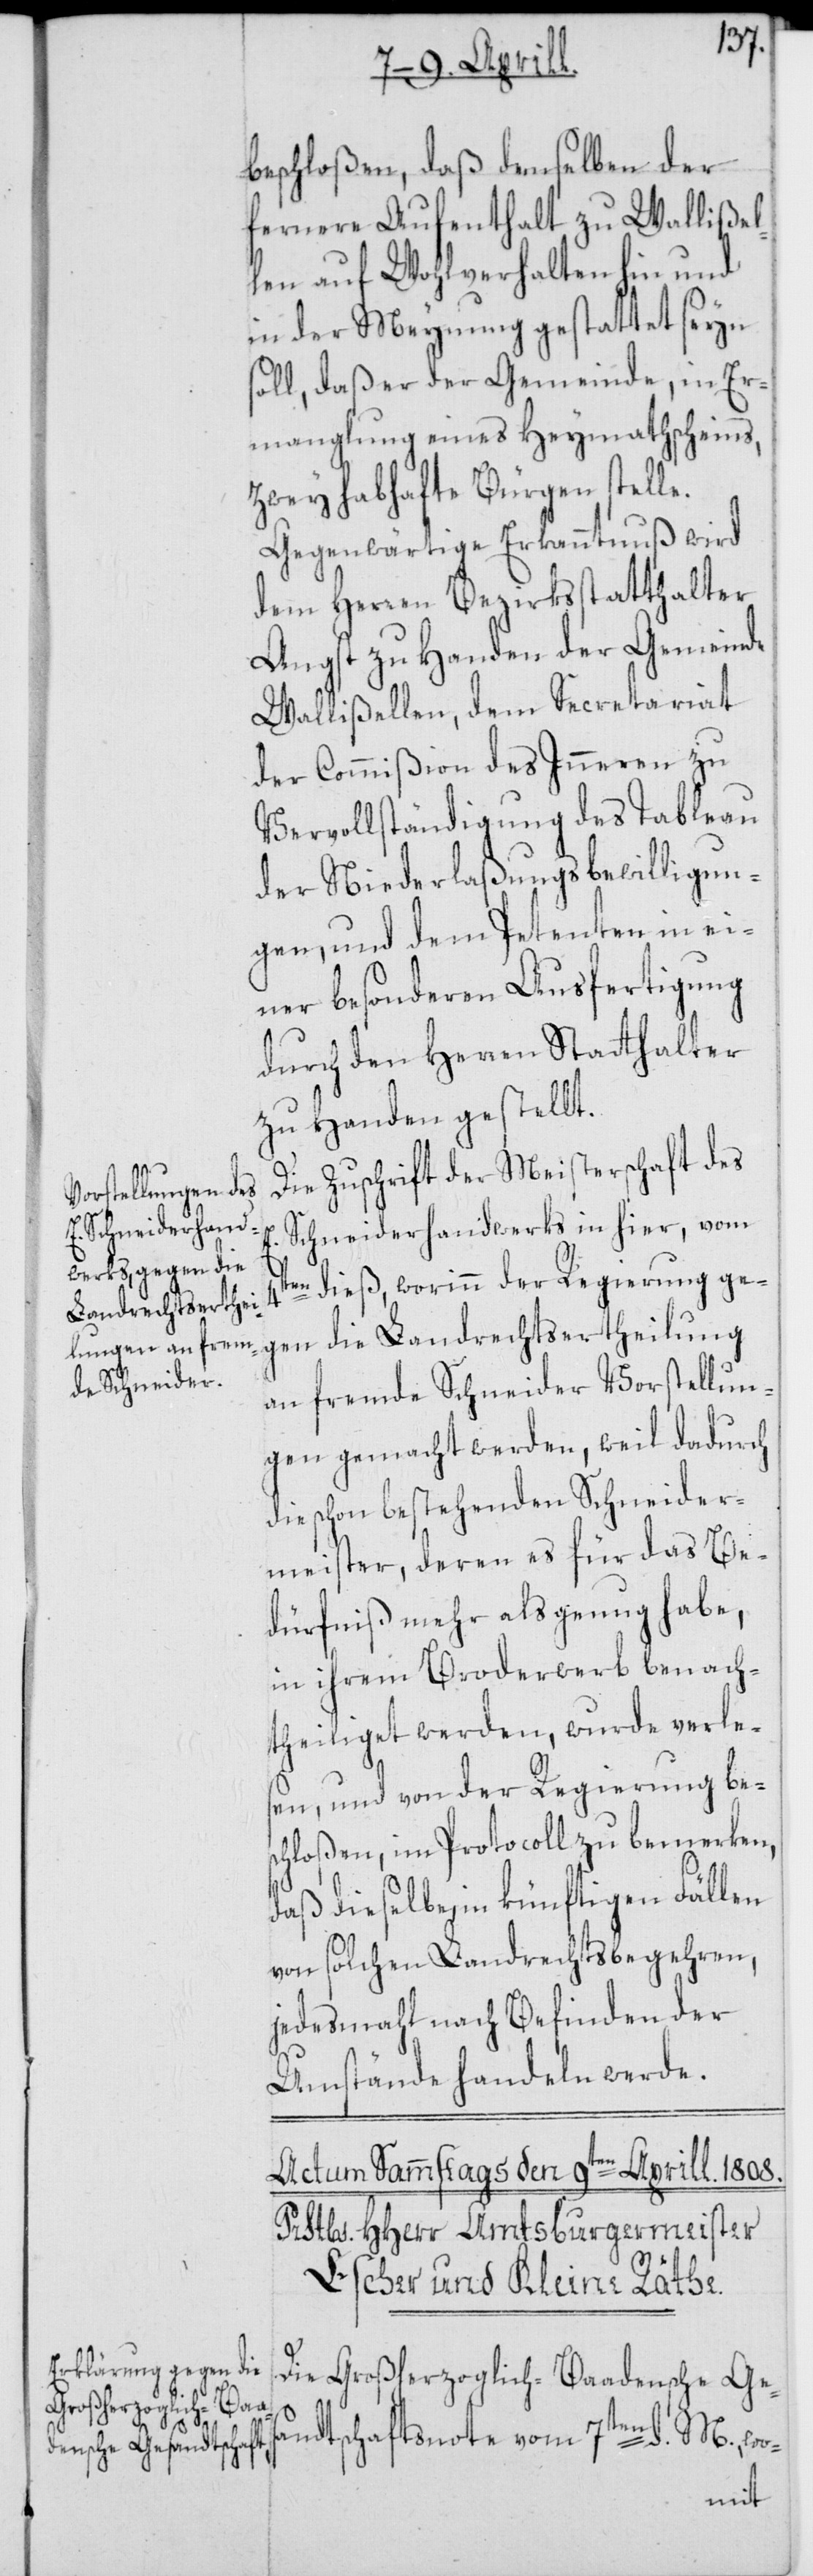
beschloßen, daß demselben der
fernere Aufenthalt zu Wallißel¬
len auf Wohlverhalten hin und
in der Meynung gestattet seyn
soll, daß er der Gemeinde, in Er¬
manglung eines Heymathscheins,
zwey habhafte Bürgen stelle.
Gegenwärtige Erkanntnuß wird
dem Herren Bezirksstatthalter
Angst zu Handen der Gemeinde
Wallißellen, dem Secretariat
der Commißion des Inneren zu
Vervollständigung des Tableau
der Niederlaßungsbewilligun¬
gen, und dem Petenten in ei¬
ner besonderen Ausfertigung
durch den Herren Statthalter
zu Handen gestellt.
Die Zuschrift der Meisterschaft des
E. Schneiderhandwerks in hier, vom
4ten dieß, worinn der Regierung ge¬
gen die Landrechtsertheilung
an fremde Schneider Vorstellun¬
gen gemacht werden, weil dadurch
die schon bestehenden Schneider¬
meister, deren es für das Be¬
dürfniß mehr als genug habe,
in ihrem Broderwerb benach¬
theiliget werden, wurde verle¬
sen, und von der Regierung bes¬
chloßen, im Protocoll zu bemerken,
daß dieselbe, in künftigen Fällen
von solchen Landrechtsbegehren,
jedesmahl nach Befinden der
Umstände handeln werde.
Die Großherzoglich-Baadensche Ges¬
andtschaftsnote vom 7ten d. M., wo-